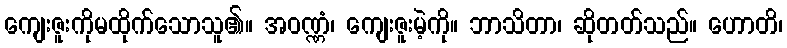
ကျေးဇူးကိုမထိုက်သောသူ၏။ အဝဏ္ဏံ၊ ကျေးဇူးမဲ့ကို။ ဘာသိတာ၊ ဆိုတတ်သည်။ ဟောတိ၊